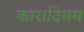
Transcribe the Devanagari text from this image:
काराटियम